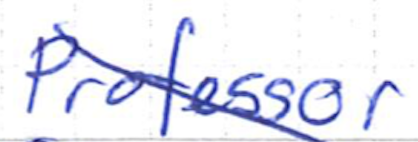
Text: Professor
Cross-out: diagonal
Writing tool: ballpoint